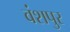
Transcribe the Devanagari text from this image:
वंशपुर